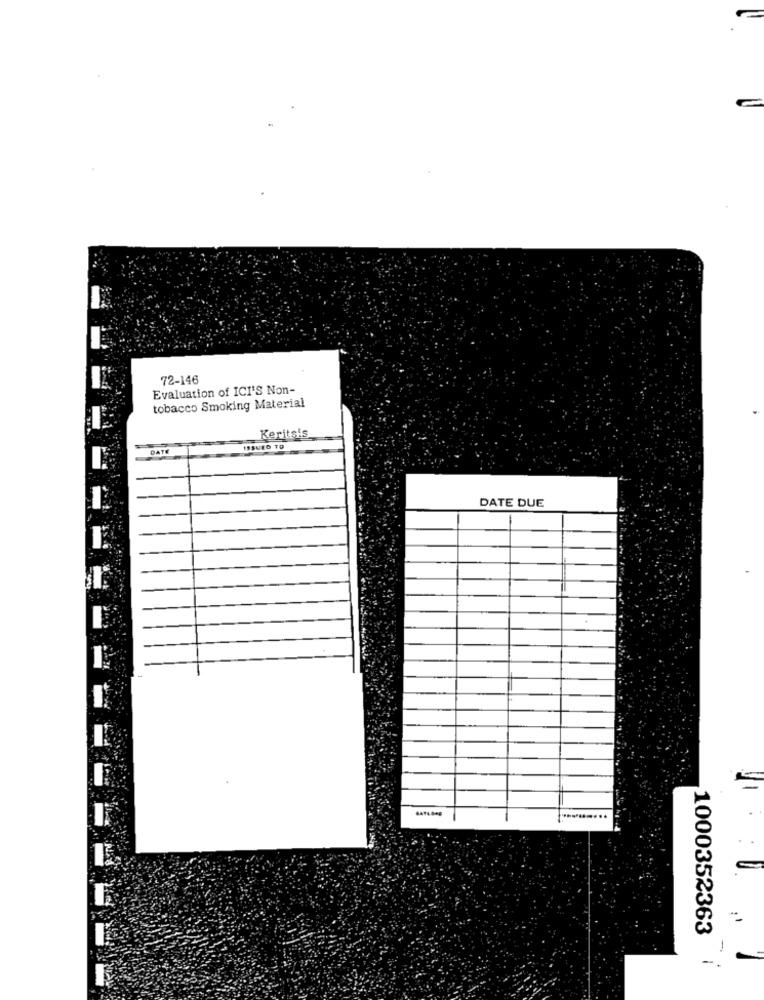
72-146
Evaluation of ICI'S Non-
tobacco Smoking Material
Keritsis
DATE
DATE DUE
1000352363
-